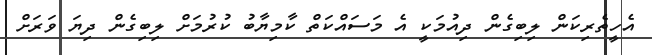
އެހީތެރިކަން ލިބިގެން ދިއުމަކީ އެ މަސައްކަތް ކާމިޔާބު ކުރުމަށް ލިބިގެން ދިޔަ ވަރަށް